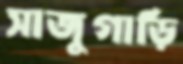
সাজুগাড়ি